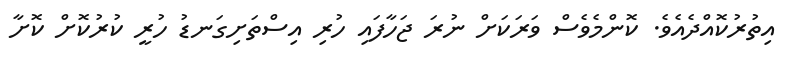
އިތުރުކޮއްދެއެވެ. ކޮންމެވެސް ވަރަކަށް ނުރަ ޖަހާފައި ހުރި އިސްތަށިގަނޑު ހުރީ ކުރުކޮށް ކޮށާ